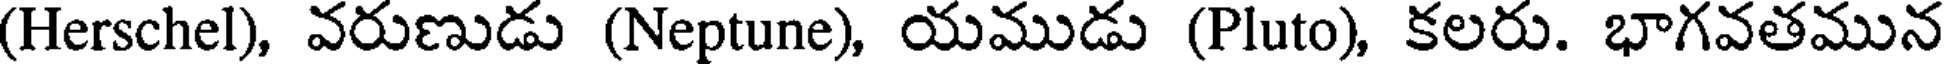
(Herschel), వరుణుడు (Neptune), యముడు (Pluto), కలరు. భాగవతమున